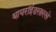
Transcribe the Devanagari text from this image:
थायरॉईडसारखे